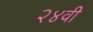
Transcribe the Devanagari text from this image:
२४वी